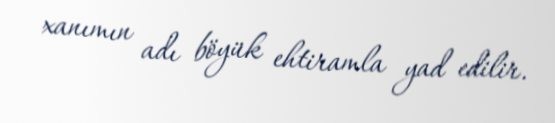
xanımın adı böyük ehtiramla yad edilir.